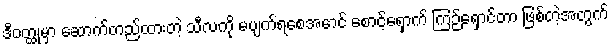
ဒီဝတ္ထုမှာ ဆောက်တည်ထားတဲ့ သီလကို မပျက်ရစေအောင် စောင့်ရှောက် ကြဉ်ရှောင်တာ ဖြစ်တဲ့အတွက်